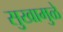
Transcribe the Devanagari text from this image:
सुखामुळे